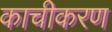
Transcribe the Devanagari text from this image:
काचीकरण